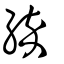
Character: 綷